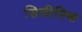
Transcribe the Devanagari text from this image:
सिलीनिक